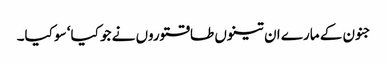
جنون کے مارے ان تینوں طاقتوروں نے جو کیا‘ سو کیا۔